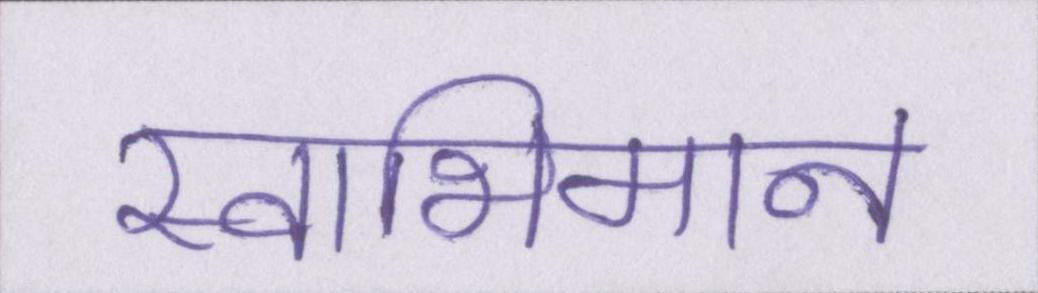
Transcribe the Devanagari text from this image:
स्वाभिमान